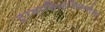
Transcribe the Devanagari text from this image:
ट्रायासिलग्लिसरोल्स